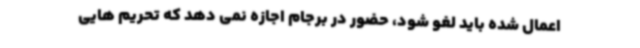
اعمال شده باید لغو شود، حضور در برجام اجازه نمی دهد که تحریم هایی